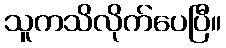
သူကသိလိုက်ပေပြီ။